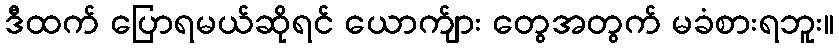
ဒီထက် ပြောရမယ်ဆိုရင် ယောက်ျား တွေအတွက် မခံစားရဘူး။